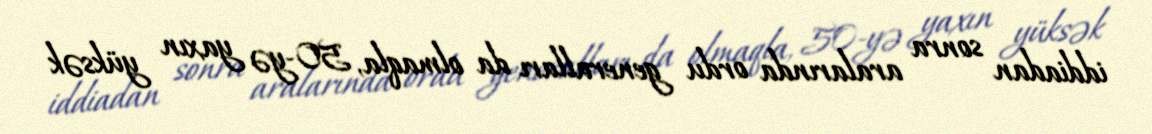
iddiadan sonra aralarında ordu generalları da olmaqla, 50-yə yaxın yüksək